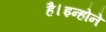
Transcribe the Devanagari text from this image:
है।इन्होने